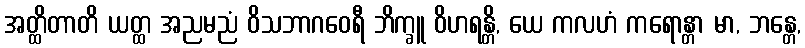
အတ္ထိတာတိ ယတ္ထ အညမညံ ဝိသဘာဂဝေရီ ဘိက္ခူ ဝိဟရန္တိ, ယေ ကလဟံ ကရောန္တာ မာ, ဘန္တေ,